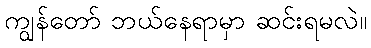
ကျွန်တော် ဘယ်နေရာမှာ ဆင်းရမလဲ။